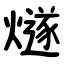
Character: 燧